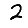
Digit: 2